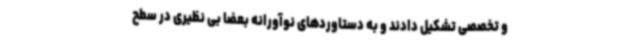
و تخصصی تشکیل دادند و به دستاوردهای نوآورانه بعضا بی نظیری در سطح